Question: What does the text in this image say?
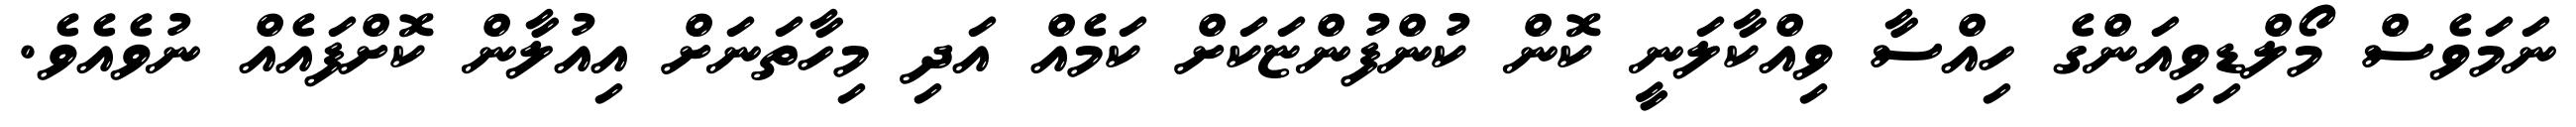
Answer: ނަމަވެސް މޯލްޑިވިއަންގެ ހިއްސާ ވިއްކާލަނީ ކޮން ކުންފުންޏަކަށް ކަމެއް އަދި މިހާތަނަށް އިއުލާން ކޮށްފައެއް ނުވެއެވެ.